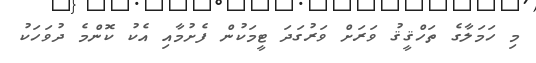
މި ހަމަލާގެ ތަހްޤީޤު ވަރަށް ވަރުގަދަ ޓީމަކުން ފެށުމާއި އެކު ކޮންމެ ދުވަހަކު